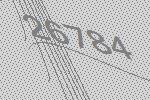
26784